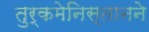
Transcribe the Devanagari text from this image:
तुर्कमेनिस्तानने